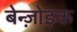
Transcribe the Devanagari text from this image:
बेन्ज़ोइक